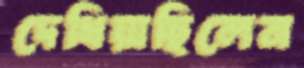
দেখিয়াছিলেন